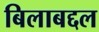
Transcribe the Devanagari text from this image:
बिलाबद्दल